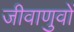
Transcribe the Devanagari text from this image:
जीवाणुवों